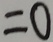
= 0